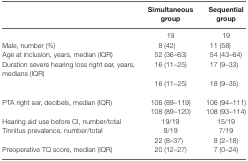
<table><thead><tr><td>[EMPTY_CELL]</td><td><b>Simultaneous group</b></td><td><b>Sequential group</b></td></tr></thead><tbody><tr><td>[EMPTY_CELL]</td><td>19</td><td>19</td></tr><tr><td>Male, number (%)</td><td>8 (42)</td><td>11 (58)</td></tr><tr><td>Age at inclusion, years, median (IQR)</td><td>52 (36–63)</td><td>54 (43–64)</td></tr><tr><td>Duration severe hearing loss right ear, years, medians (IQR)</td><td>16 (11–25)</td><td>17 (9–33)</td></tr><tr><td>[EMPTY_CELL]</td><td>16 (11–25)</td><td>18 (9–35)</td></tr><tr><td>PTA right ear, decibels, median (IQR)</td><td>106 (89–119)</td><td>106 (94–111)</td></tr><tr><td>[EMPTY_CELL]</td><td>108 (89–120)</td><td>108 (93–114)</td></tr><tr><td>Hearing aid use before CI, number/total</td><td>19/19</td><td>15/19</td></tr><tr><td>Tinnitus prevalence, number/total</td><td>9/19</td><td>7/19</td></tr><tr><td>[EMPTY_CELL]</td><td>22 (8–37)</td><td>8 (2–18)</td></tr><tr><td>Preoperative TQ score, median (IQR)</td><td>20 (12–27)</td><td>7 (0–24)</td></tr></tbody></table>